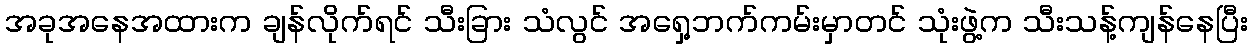
အခုအနေအထားက ချန်လိုက်ရင် သီးခြား သံလွင် အရှေ့ဘက်ကမ်းမှာတင် သုံးဖွဲ့က သီးသန့်ကျန်နေပြီး